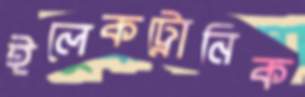
ইলেকট্রোনিক